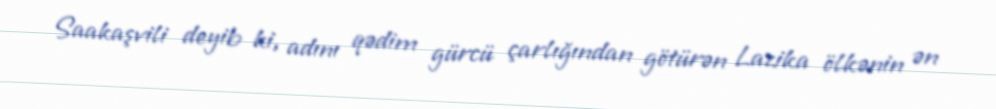
Saakaşvili deyib ki, adını qədim gürcü çarlığından götürən Lazika ölkənin ən